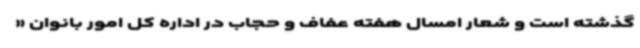
گذشته است و شعار امسال هفته عفاف و حجاب در اداره کل امور بانوان «